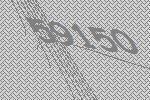
59150